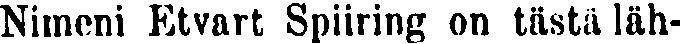
Nimeni Etvart Spiiring on tästä läh-